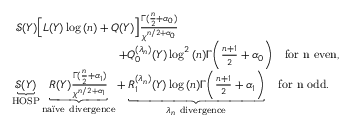
\begin{array} { r l } & { ~ \mathcal { S } ( Y ) \Big [ L ( Y ) \log { ( n ) } + Q ( Y ) \Big ] \frac { \Gamma ( \frac { n } { 2 } + \alpha _ { 0 } ) } { \chi ^ { n / 2 + \alpha _ { 0 } } } \qquad } \\ & { \qquad \qquad \qquad \qquad \quad + Q _ { 0 } ^ { ( \lambda _ { n } ) } ( Y ) \log ^ { 2 } { ( n ) } \Gamma \bigg ( \frac { n + 1 } { 2 } + \alpha _ { 0 } \bigg ) \quad \mathrm { f o r ~ n ~ e v e n } , } \\ & { \underbrace { \mathcal { S } ( Y ) } _ { \mathrm { H O S P } } \underbrace { R ( Y ) \frac { \Gamma ( \frac { n } { 2 } + \alpha _ { 1 } ) } { \chi ^ { n / 2 + \alpha _ { 1 } } } } _ { \mathrm { n a \" i v e ~ d i v e r g e n c e } } + \underbrace { R _ { 1 } ^ { ( \lambda _ { n } ) } ( Y ) \log { ( n ) } \Gamma \bigg ( \frac { n + 1 } { 2 } + \alpha _ { 1 } \bigg ) } _ { { \lambda _ { n } \mathrm { ~ d i v e r g e n c e } } } \quad \mathrm { f o r ~ n ~ o d d } . } \end{array}